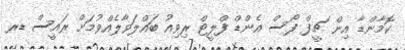
ކޮމާންޑާ އިން ޗީފް ފޯސް އެންޑް ފްލީޓް ރިވިއު ބައްލަވާލެއްވުމަށް ރައީސް ޑރ